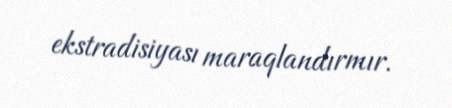
ekstradisiyası maraqlandırmır.